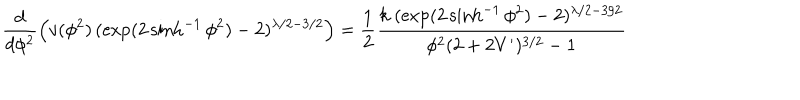
LaTeX: \frac { d } { d \phi ^ { 2 } } \left( v ( \phi ^ { 2 } ) \, ( \exp ( 2 \sinh ^ { - 1 } \phi ^ { 2 } ) - 2 ) ^ { \lambda / 2 - 3 / 2 } \right) = \frac { 1 } { 2 } \frac { k \; ( \exp ( 2 \sinh ^ { - 1 } \phi ^ { 2 } ) - 2 ) ^ { \lambda / 2 - 3 / 2 } } { \phi ^ { 2 } ( 2 + 2 V ^ { \prime } ) ^ { 3 / 2 } - 1 }